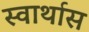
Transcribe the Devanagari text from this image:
स्वार्थास